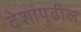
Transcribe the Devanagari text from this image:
देशांपुढील